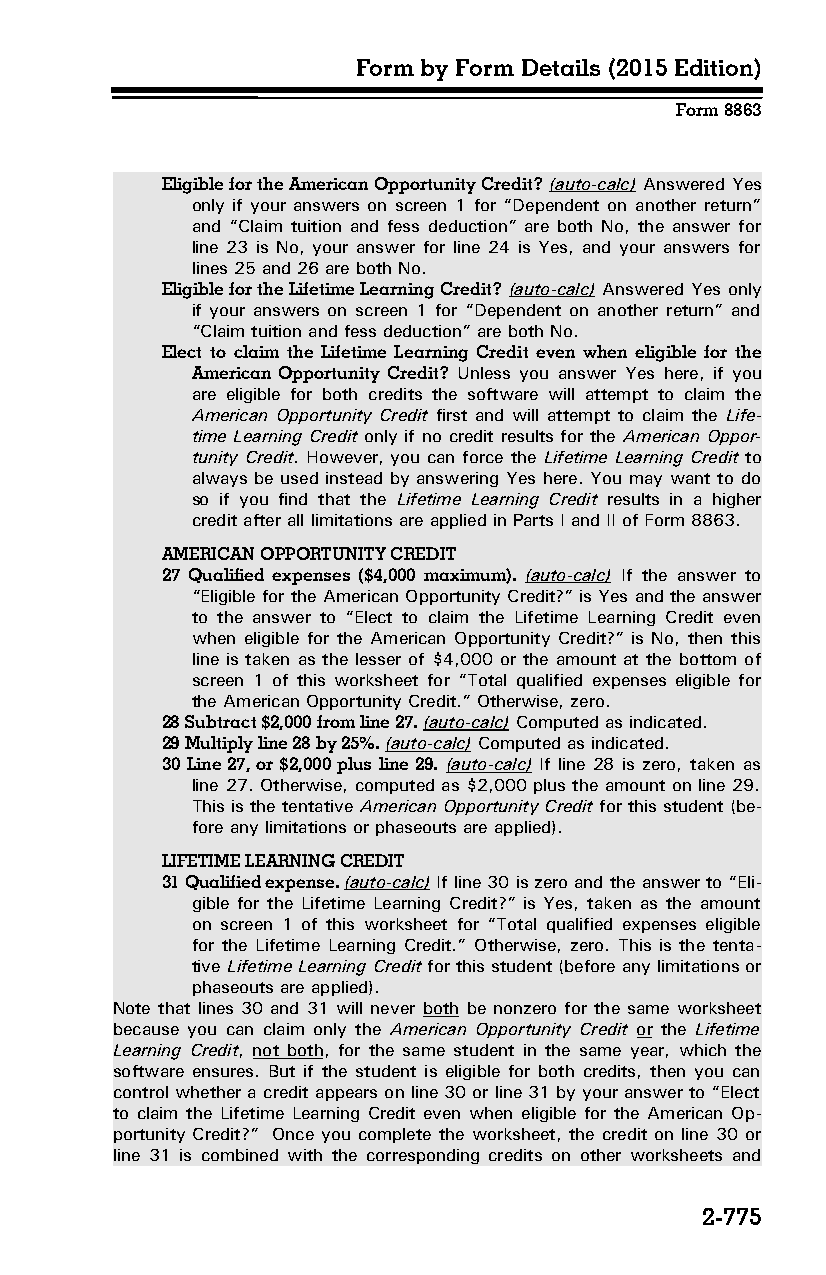
Form by Form Details (2015 Edition)
 Form 8863
 Eligible for the American Opportunity Credit? (auto-calc) Answered Yes
 only if your answers on screen 1 for “Dependent on another return”
 and “Claim tuition and fess deduction” are both No, the answer for
 line 23 is No, your answer for line 24 is Yes, and your answers for
 lines 25 and 26 are both No.
 Eligible for the Lifetime Learning Credit? (auto-calc) Answered Yes only
 if your answers on screen 1 for “Dependent on another return” and
 “Claim tuition and fess deduction” are both No.
 Elect to claim the Lifetime Learning Credit even when eligible for the
 American Opportunity Credit? Unless you answer Yes here, if you
 are eligible for both credits the software will attempt to claim the
 American Opportunity Credit first and will attempt to claim the Life­
 time Learning Credit only if no credit results for the American Oppor­
 tunity Credit. However, you can force the Lifetime Learning Credit to
 always be used instead by answering Yes here. You may want to do
 so if you find that the Lifetime Learning Credit results in a higher
 credit after all limitations are applied in Parts I and II of Form 8863.
 AMERICAN OPPORTUNITY CREDIT
 27 Qualified expenses ($4,000 maximum). (auto-calc) If the answer to
 “Eligible for the American Opportunity Credit?” is Yes and the answer
 to the answer to “Elect to claim the Lifetime Learning Credit even
 when eligible for the American Opportunity Credit?” is No, then this
 line is taken as the lesser of $4,000 or the amount at the bottom of
 screen 1 of this worksheet for “Total qualified expenses eligible for
 the American Opportunity Credit.” Otherwise, zero.
 28 Subtract $2,000 from line 27. (auto-calc) Computed as indicated.
 29 Multiply line 28 by 25%. (auto-calc) Computed as indicated.
 30 Line 27, or $2,000 plus line 29. (auto-calc) If line 28 is zero, taken as
 line 27. Otherwise, computed as $2,000 plus the amount on line 29.
 This is the tentative American Opportunity Credit for this student (be­
 fore any limitations or phaseouts are applied).
 LIFETIME LEARNING CREDIT
 31 Qualified expense. (auto-calc) If line 30 is zero and the answer to “Eli­
 gible for the Lifetime Learning Credit?” is Yes, taken as the amount
 on screen 1 of this worksheet for “Total qualified expenses eligible
 for the Lifetime Learning Credit.” Otherwise, zero. This is the tenta­
 tive Lifetime Learning Credit for this student (before any limitations or
 phaseouts are applied).
 Note that lines 30 and 31 will never both be nonzero for the same worksheet
 because you can claim only the American Opportunity Credit or the Lifetime
 Learning Credit, not both, for the same student in the same year, which the
 software ensures. But if the student is eligible for both credits, then you can
 control whether a credit appears on line 30 or line 31 by your answer to “Elect
 to claim the Lifetime Learning Credit even when eligible for the American Op­
 portunity Credit?” Once you complete the worksheet, the credit on line 30 or
 line 31 is combined with the corresponding credits on other worksheets and
 2-775